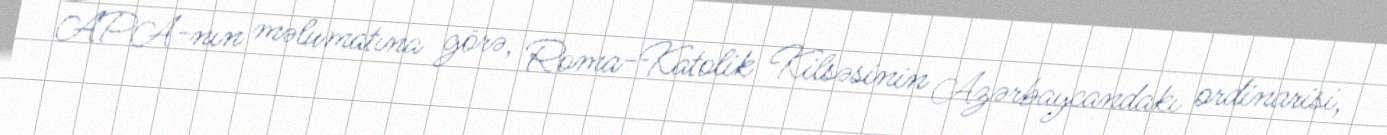
APA-nın məlumatına görə, Roma-Katolik Kilsəsinin Azərbaycandakı ordinarisi,